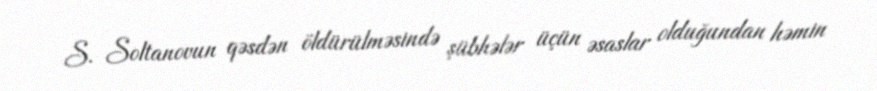
S. Soltanovun qəsdən öldürülməsində şübhələr üçün əsaslar olduğundan həmin